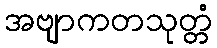
အဗျာကတသုတ္တံ